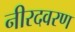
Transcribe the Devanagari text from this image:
नीरदवरण